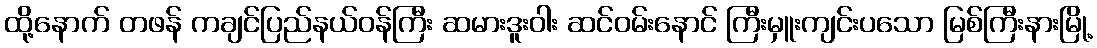
ထို့နောက် တဖန် ကချင်ပြည်နယ်ဝန်ကြီး ဆမားဒူးဝါး ဆင်ဝမ်းနောင် ကြီးမှူးကျင်းပသော မြစ်ကြီးနားမြို့